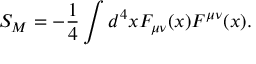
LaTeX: S _ { M } = - \frac { 1 } { 4 } \int d ^ { 4 } x F _ { \mu \nu } ( x ) F ^ { \mu \nu } ( x ) .